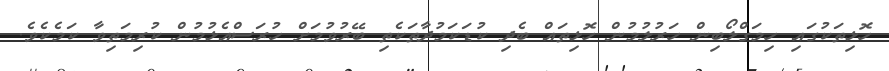
ހޮޅިތަކުގައި ހިމަގްލޯބިން ހަރުލުމުން ހޮޅިތައް ބެދި ކުޑަކަމުދާތަކެތި ބޭރުވުމަށް ހުރަސްއެޅުމުން ކުރިމަތިވާ ކަމެކެވެ.